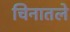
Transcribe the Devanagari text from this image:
चिनातले